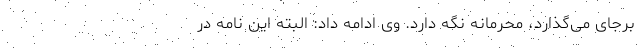
برجای می‌گذارد، محرمانه نگه دارد. وی ادامه داد: البته این نامه در